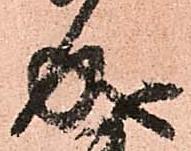
成